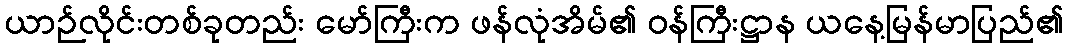
ယာဉ်လိုင်းတစ်ခုတည်း မော်ကြီးက ဖန်လုံအိမ်၏ ဝန်ကြီးဋ္ဌာန ယနေ့မြန်မာပြည်၏